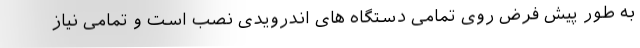
به طور پیش فرض روی تمامی دستگاه های اندرویدی نصب است و تمامی نیاز